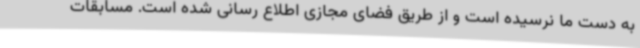
به دست ما نرسیده است و از طریق فضای مجازی اطلاع رسانی شده است. مسابقات